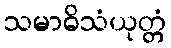
သမာဓိသံယုတ္တံ